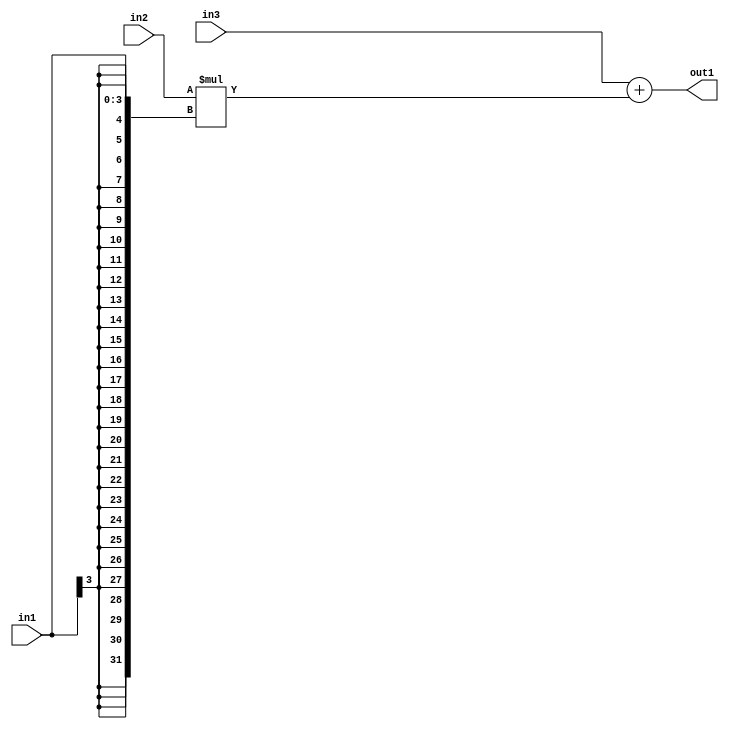
`timescale 1ps / 1ps
/*****************************************************************************
    Verilog RTL Description
    
    
    Created by: Stratus DpOpt 2019.1.01 
*******************************************************************************/

module GaussFilter_Add2Mul2s4u8s32_1 (
	in3,
	in2,
	in1,
	out1
	); /* architecture "behavioural" */ 
input [31:0] in3;
input [7:0] in2;
input [3:0] in1;
output [31:0] out1;
wire [31:0] asc001;

wire [31:0] asc001_tmp_0;
assign asc001_tmp_0 = 
	+(in3);
assign asc001 = asc001_tmp_0
	+(in2 * {{28{in1[3]}}, in1});

assign out1 = asc001;
endmodule

/* CADENCE  uLPyTQ4= : u9/ySgnWtBlWxVPRXgAZ4Og= ** DO NOT EDIT THIS LINE ******/